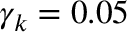
\gamma _ { k } = 0 . 0 5